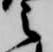
之